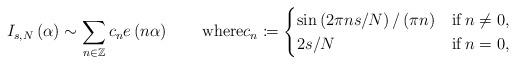
LaTeX: \begin{align*}I_{s,N}\left(\alpha\right)\sim\sum_{n\in\mathbb{Z}}c_{n}e\left(n\alpha\right)\qquad\mathrm{where}c_{n}\coloneqq\begin{cases}\sin\left(2\pi ns/N\right)/\left(\pi n\right) & \mathrm{if\,}n\neq0,\\2s/N & \mathrm{if\,}n=0,\end{cases}\end{align*}